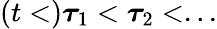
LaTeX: (t<)\boldsymbol{\tau}_{1}<\boldsymbol{\tau}_{2}<...